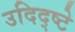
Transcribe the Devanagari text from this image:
उदिद्ष्टे